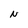
Character: N